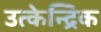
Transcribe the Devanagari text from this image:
उत्केन्द्रिक